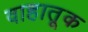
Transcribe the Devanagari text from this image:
वाहातूक